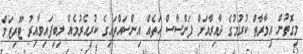
މިގޮތުން އިމާރާތް ކުރުމުގެ ދާއިރާއަށް ފަންސާސް ހަތެއް އިންސައްތައިގެ ކުރިއެރުމެއް ލިބިފައިވާއިރު ޓޫރިޒަމް